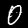
Digit: 0